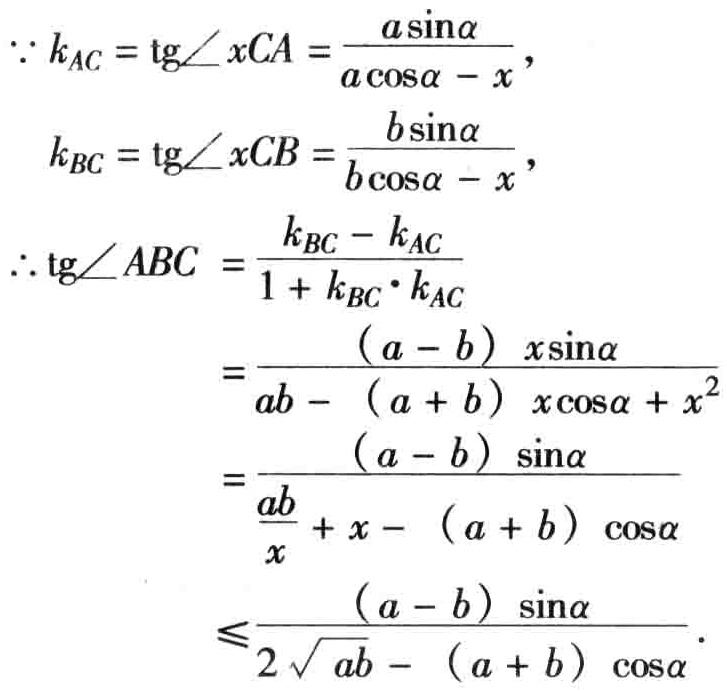
\[
\begin{align*}
\because k_{AC} &= \operatorname{tg}\angle xCA=\frac{a\sin\alpha}{a\cos\alpha - x},\\
k_{BC} &= \operatorname{tg}\angle xCB=\frac{b\sin\alpha}{b\cos\alpha - x},\\
\therefore \operatorname{tg}\angle ABC&=\frac{k_{BC}-k_{AC}}{1 + k_{BC}\cdot k_{AC}}\\
&=\frac{(a - b)\ x\sin\alpha}{ab-(a + b)\ x\cos\alpha+x^{2}}\\
&=\frac{(a - b)\ \sin\alpha}{\frac{ab}{x}+x-(a + b)\ \cos\alpha}\\
&\leqslant\frac{(a - b)\ \sin\alpha}{2\sqrt{ab}-(a + b)\ \cos\alpha}.
\end{align*}
\]